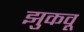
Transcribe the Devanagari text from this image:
झुकवू